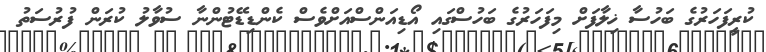
ކުރީފަހަރުގެ ބަހުސާ ޚިލާފަށް މިފަހަރުގެ ބަހުސްގައި އޯޑިއަންސްއަށްވެސް ކެންޑިޑޭޓުންނާ ސުވާލު ކުރަން ފުރުސަތު